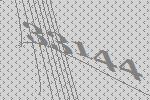
33144